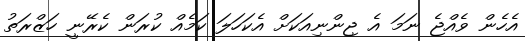
އެހެން ވެއްޖެ ނަމަ އެ ޖިންނިއަކަށް އެކަހަލަ ކަމެއް ކުރަން ކެރޭނީ ހަޒްރަތު